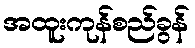
အထူးကုန်စည်ခွန်